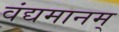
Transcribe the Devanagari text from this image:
वंद्यमानम्